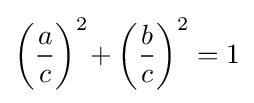
{\biggl (}{\frac {a}{c}}{\biggr )}^{2}\!+{\biggl (}{\frac {b}{c}}{\biggr )}^{2}=1